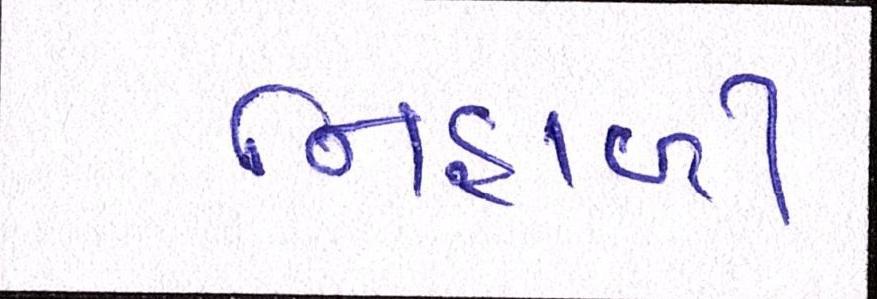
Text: નિહાળી